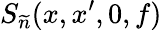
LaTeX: S_{\widetilde{n}}(x,x^{\prime},0,f)